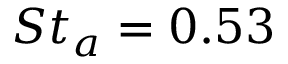
S t _ { a } = 0 . 5 3